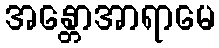
အန္တောအာရာမေ